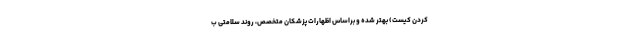
کردن کیسْت) بهتر شده و براساس اظهارات پزشکان متخصص، روند سلامتی ب